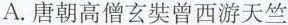
A.唐朝高僧玄奘曾西游天竺